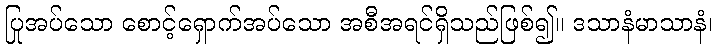
ပြုအပ်သော စောင့်ရှောက်အပ်သော အစီအရင်ရှိသည်ဖြစ်၍။ ဒသာနံမာသာနံ၊